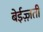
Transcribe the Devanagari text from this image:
बेईज़्ज़ती